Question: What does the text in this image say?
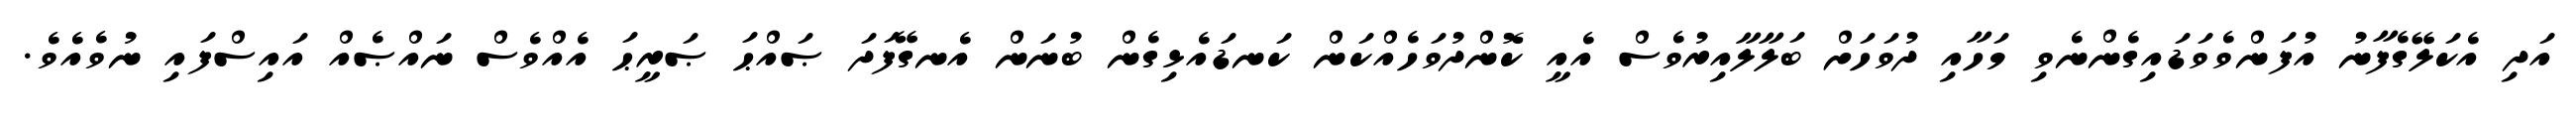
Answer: އަދި އެކަލޭގެފާނު އުފަންވެވަޑައިގެންނެވި މަހާއި ދުވަހަށް ބަލާލާއިރުވެސް އެއީ ކޮންދުވަހެއްކަން ކަނޑައެޅިގެން ބުނަން އެނގޭފަދަ ޞައްޙަ ޞަރީޙަ އެއްވެސް ނައްޞެއް އައިސްފައި ނުވެއެވެ.